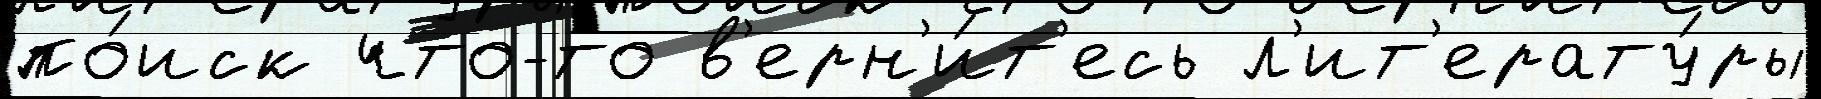
по́иск что-то в'ерн'и́т'есь л'ит'ерату́ры